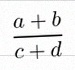
\frac{a+b}{c+d}